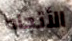
الأتجاه